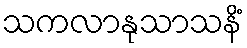
သကလာနုသာသနိံ